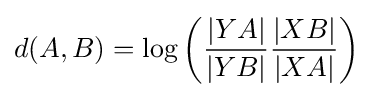
d(A,B)=\log \left({\frac {|YA|}{|YB|}}{\frac {|XB|}{|XA|}}\right)